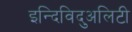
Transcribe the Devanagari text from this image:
इन्दिविदुअलिटी